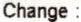
CHANGE: